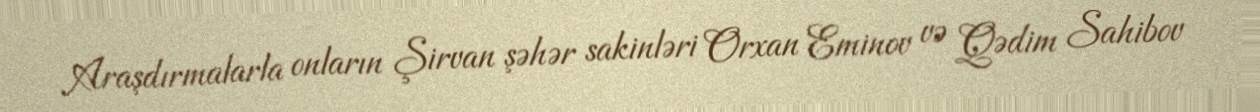
Araşdırmalarla onların Şirvan şəhər sakinləri Orxan Eminov və Qədim Sahibov